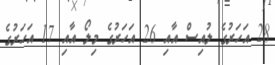
28 އަހަރުގެ ލުއިސް އާއި 26 އަހަރުގެ މިލޯ އާއި 17 އަހަރުގެ